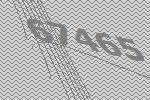
67465